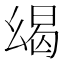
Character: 㡫